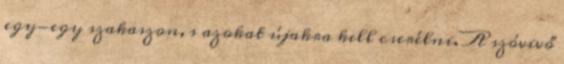
egy-egy szakaszon, s azokat újakra kell cserélni. A szóvivő